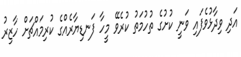
އަދި ވިދާޅުވެފައި ވަނީ ކުށުގެ ތުހުމަތު ކުރެވޭ މީހާ ފަނޑިޔާރެއްގެ ކުރިމައްޗަށް ހާޒިރު